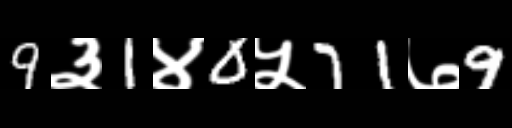
Text: 9३1४0५71७9